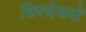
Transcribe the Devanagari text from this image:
कित्येकशे